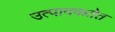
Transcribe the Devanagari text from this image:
उत्पादकतेत